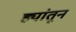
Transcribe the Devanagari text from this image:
ह्यांतून